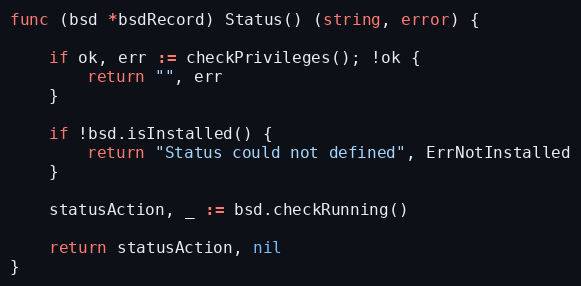
Language: Go
func (bsd *bsdRecord) Status() (string, error) {

	if ok, err := checkPrivileges(); !ok {
		return "", err
	}

	if !bsd.isInstalled() {
		return "Status could not defined", ErrNotInstalled
	}

	statusAction, _ := bsd.checkRunning()

	return statusAction, nil
}